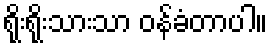
ရိုးရိုးသားသာ ဝန်ခံတာပါ။